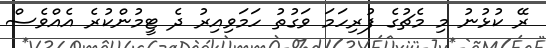
ރޭ ކުޅުނު މި މެޗުގެ ފުރިހަމަ ވަގުތު ހަމަވިއިރު ދެ ޓީމުންކުރެ އެއްވެސް